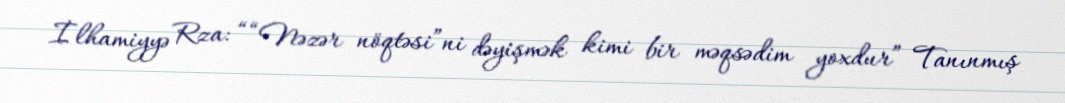
İlhamiyyə Rza: ““Nəzər nöqtəsi”ni dəyişmək kimi bir məqsədim yoxdur” Tanınmış